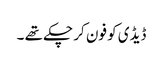
ڈیڈی کو فون کر چکے تھے ۔